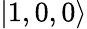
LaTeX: |1,0,0\rangle